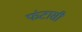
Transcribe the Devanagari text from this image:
फंटासी